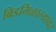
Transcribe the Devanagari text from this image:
बिडमिळाल्यावर